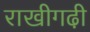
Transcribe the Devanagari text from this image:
राखीगढी़